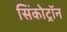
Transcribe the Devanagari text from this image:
सिंकोट्रॉन